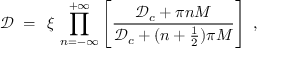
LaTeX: { \mathcal D } \; = \; \, \xi \, \prod _ { n = - \infty } ^ { + \infty } \left[ \frac { { \mathcal D } _ { c } + \pi n M } { { \mathcal D } _ { c } + ( n + \frac { 1 } { 2 } ) \pi M } \right] \; ,